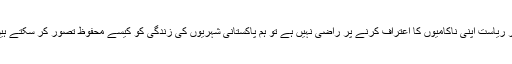
اگر ریاست اپنی ناکامیوں کا اعتراف کرنے پر راضی نہیں ہے تو ہم پاکستانی شہریوں کی زندگی کو کیسے محفوظ تصور کر سکتے ہیں؟